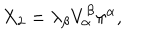
X _ { 2 } = \lambda _ { \beta } V _ { \alpha } ^ { \beta } \pi ^ { \alpha } ,